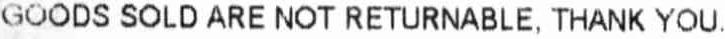
GOODS SOLD ARE NOT RETURNABLE, THANK YOU.